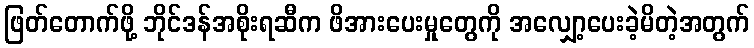
ဖြတ်တောက်ဖို့ ဘိုင်ဒန်အစိုးရဆီက ဖိအားပေးမှုတွေကို အလျှော့ပေးခဲ့မိတဲ့အတွက်